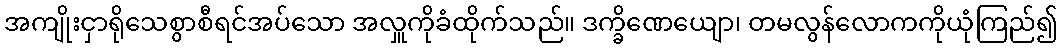
အကျိုးငှာရိုသေစွာစီရင်အပ်သော အလှူကိုခံထိုက်သည်။ ဒက္ခိဏေယျော၊ တမလွန်လောကကိုယုံကြည်၍